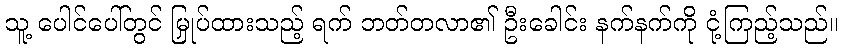
သူ့ ပေါင်ပေါ်တွင် မြှုပ်ထားသည့် ရက် ဘတ်တလာ၏ ဦးခေါင်း နက်နက်ကို ငုံ့ကြည့်သည်။